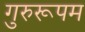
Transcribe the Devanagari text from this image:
गुरुरूपम